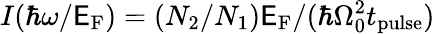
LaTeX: I(\hbar\omega/\mathsf{E}_{\mathrm{{F}}})=(N_{2}/N_{1})\mathsf{E}_{\mathrm{{F}}}/(\hbar\Omega_{0}^{2}t_{\mathrm{{pulse}}})